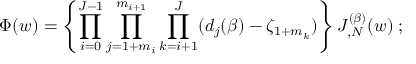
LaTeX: \Phi ^ { \l } ( w ) = \left\{ \prod _ { i = 0 } ^ { J - 1 } \prod _ { j = 1 + m _ { i } } ^ { m _ { i + 1 } } \prod _ { k = i + 1 } ^ { J } ( d _ { j } ( \beta ) - \zeta _ { 1 + m _ { k } } ^ { \l } ) \right\} J _ { \l , N } ^ { ( \beta ) } ( w ) \; ;